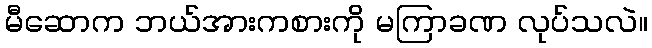
မီဆောက ဘယ်အားကစားကို မကြာခဏ လုပ်သလဲ။